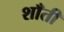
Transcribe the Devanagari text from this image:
शाँती